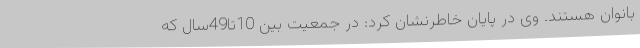
بانوان هستند. وی در پایان خاطرنشان کرد: در جمعیت بین 10تا49سال که